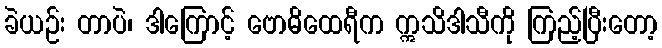
ခဲယဉ်း တာပဲ၊ ဒါကြောင့် ဗောဓိထေရီက ဣသိဒါသီကို ကြည့်ပြီးတော့